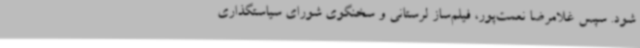
شود. سپس غلامرضا نعمت‌پور، فیلم‌ساز لرستانی و سخنگوی شورای سیاستگذاری